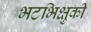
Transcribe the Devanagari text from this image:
भटभिक्षुकी